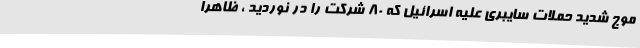
موج شدید حملات سایبری علیه اسرائیل که 80 شرکت را در نوردید ، ظاهرا